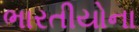
ભારતીયોના